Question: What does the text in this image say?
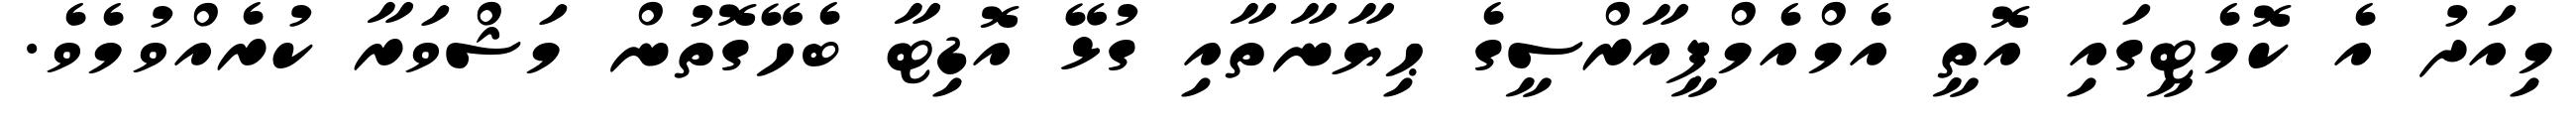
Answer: މިއަދު އެ ކޮމެޓީގައި އޮތީ އެމްއެމްޕީއާރްސީގެ ޙިޔާނާތާއި ގުޅޭ އޮޑިޓާ ބެހޭގޮތުން މަޝްވަރާ ކުރެއްވުމެވެ.